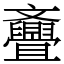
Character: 斖